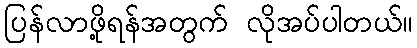
ပြန်လာဖို့ရန်အတွက် လိုအပ်ပါတယ်။